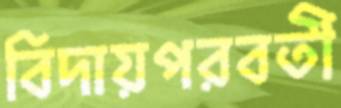
বিদায়পরবর্তী